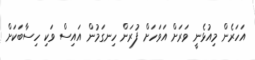
އަހަރެން މިއުޅެނީ ވަރަށް އަވަހަށް ފުރަން ހިނގަމުން އައިސް ވަކި ހިސާބަކަށް